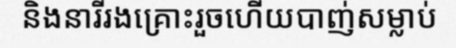
និងនារីរងគ្រោះរួចហើយបាញ់សម្លាប់